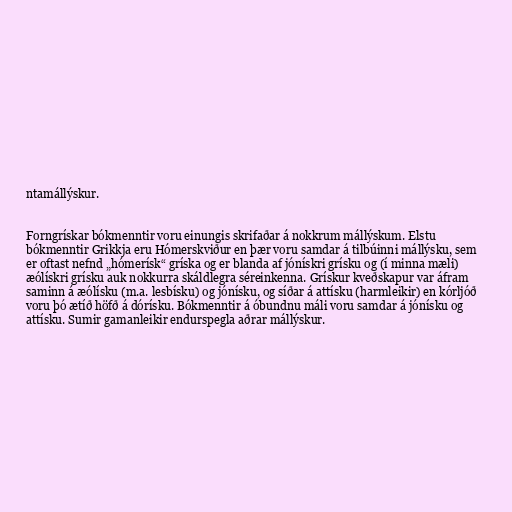
ntamállýskur.

Forngrískar bókmenntir voru einungis skrifaðar á nokkrum mállýskum. Elstu
bókmenntir Grikkja eru Hómerskviður en þær voru samdar á tilbúinni mállýsku, sem
er oftast nefnd „hómerísk“ gríska og er blanda af jónískri grísku og (í minna mæli)
æólískri grísku auk nokkurra skáldlegra séreinkenna. Grískur kveðskapur var áfram
saminn á æólísku (m.a. lesbísku) og jónísku, og síðar á attísku (harmleikir) en kórljóð
voru þó ætíð höfð á dórísku. Bókmenntir á óbundnu máli voru samdar á jónísku og
attísku. Sumir gamanleikir endurspegla aðrar mállýskur.